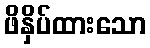
ဖိနှိပ်ထားသော